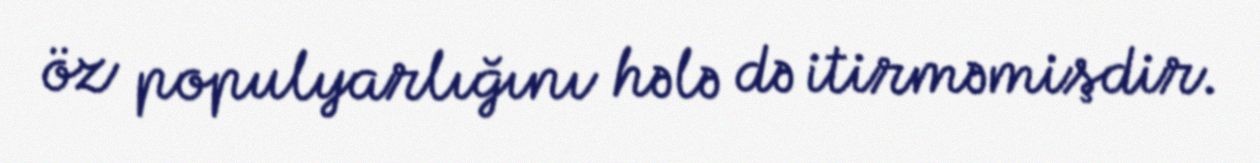
öz populyarlığını hələ də itirməmişdir.